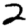
Digit: 2